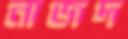
নাজদ